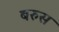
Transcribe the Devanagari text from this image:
बरुस